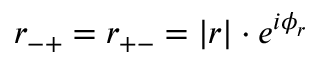
r _ { - + } = r _ { + - } = | r | \cdot e ^ { i \phi _ { r } }